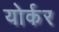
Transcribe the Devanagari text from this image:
योर्कर